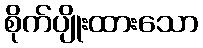
စိုက်ပျိုးထားသော